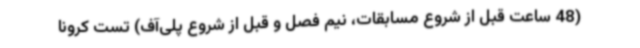
(48 ساعت قبل از شروع مسابقات، نیم فصل و قبل از شروع پلی‌آف) تست کرونا